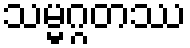
သမ္မဂ္ဂတဿ